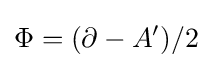
\Phi =(\partial -A')/2